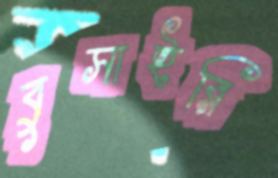
বুসাইরি